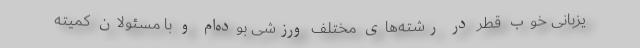
یزبانی خوب قطر در رشته‌های مختلف ورزشی بوده‌ام و با مسئولان کمیته